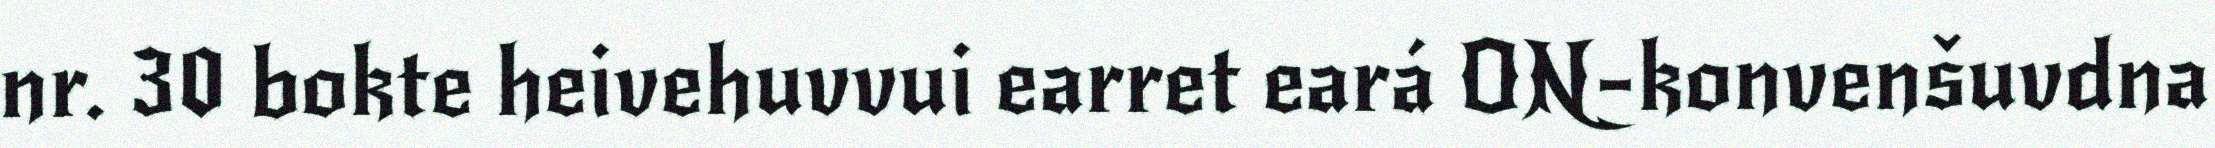
nr. 30 bokte heivehuvvui earret eará ON-konvenšuvdna